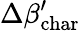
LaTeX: \Delta\beta_{\mathrm{char}}^{\prime}